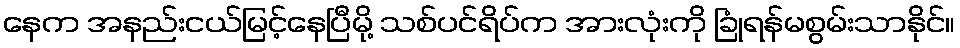
နေက အနည်းငယ်မြင့်နေပြီမို့ သစ်ပင်ရိပ်က အားလုံးကို ခြုံရန်မစွမ်းသာနိုင်။